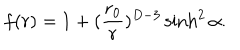
LaTeX: f ( r ) = 1 + ( { \frac { r _ { 0 } } { r } } ) ^ { D - 3 } \sinh ^ { 2 } \alpha .